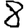
Digit: 8